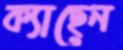
ক্যাছেন